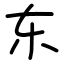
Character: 东